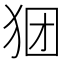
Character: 𪺺